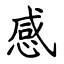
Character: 感